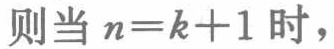
则当 \(n = k + 1\) 时，